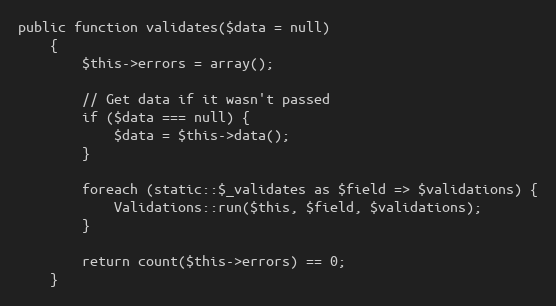
Language: PHP
public function validates($data = null)
    {
        $this->errors = array();

        // Get data if it wasn't passed
        if ($data === null) {
            $data = $this->data();
        }

        foreach (static::$_validates as $field => $validations) {
            Validations::run($this, $field, $validations);
        }

        return count($this->errors) == 0;
    }